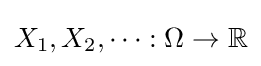
X_{1},X_{2},\dots :\Omega \to \mathbb {R}